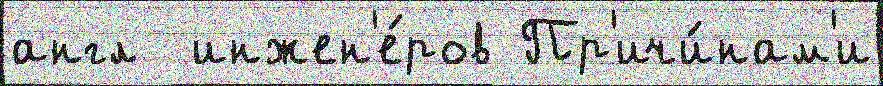
англ  инжен'е́ров Пр'ичи́нам'и